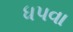
ધપવા